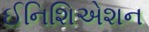
ઈનિશિએશન